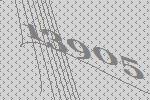
13905